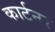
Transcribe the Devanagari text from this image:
कार्टनर